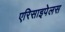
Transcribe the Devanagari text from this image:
एरिसाइपेलस